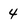
Character: 4